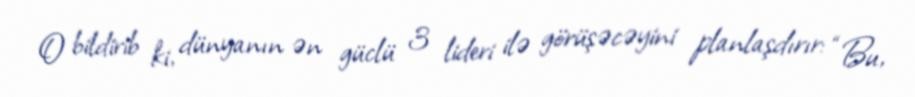
O bildirib ki, dünyanın ən güclü 3 lideri ilə görüşəcəyini planlaşdırır: “Bu,